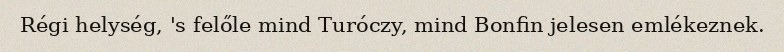
Régi helység, 's felőle mind Turóczy, mind Bonfin jelesen emlékeznek.